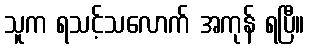
သူက ရသင့်သလောက် အကုန် ရပြီ။